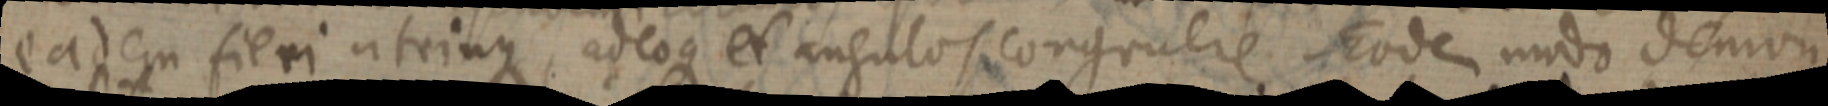
eadem fieri utrinque, adeoque et angulos congruere eodem modo demon